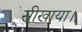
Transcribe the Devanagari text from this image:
सीखाया।